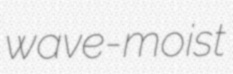
wave-moist